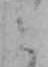
と